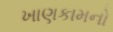
ખાણકામનો